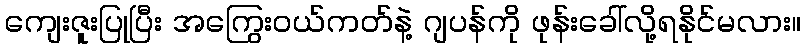
ကျေးဇူးပြုပြီး အကြွေးဝယ်ကတ်နဲ့ ဂျပန်ကို ဖုန်းခေါ်လို့ရနိုင်မလား။